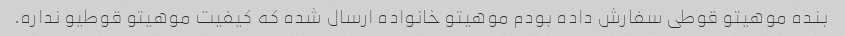
بنده موهیتو قوطی سفارش داده بودم موهیتو خانواده ارسال شده که کیفیت موهیتو قوطیو نداره.